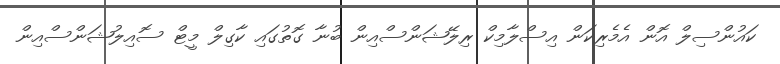
ކައުންސިލް އޮން އެމެރިކަން އިސްލާމިކް ރިލޭޝަންސްއިން ބުނާ ގޮތުގައި ކާގިލް މީޓް ސޮއިލުޝަންސްއިން